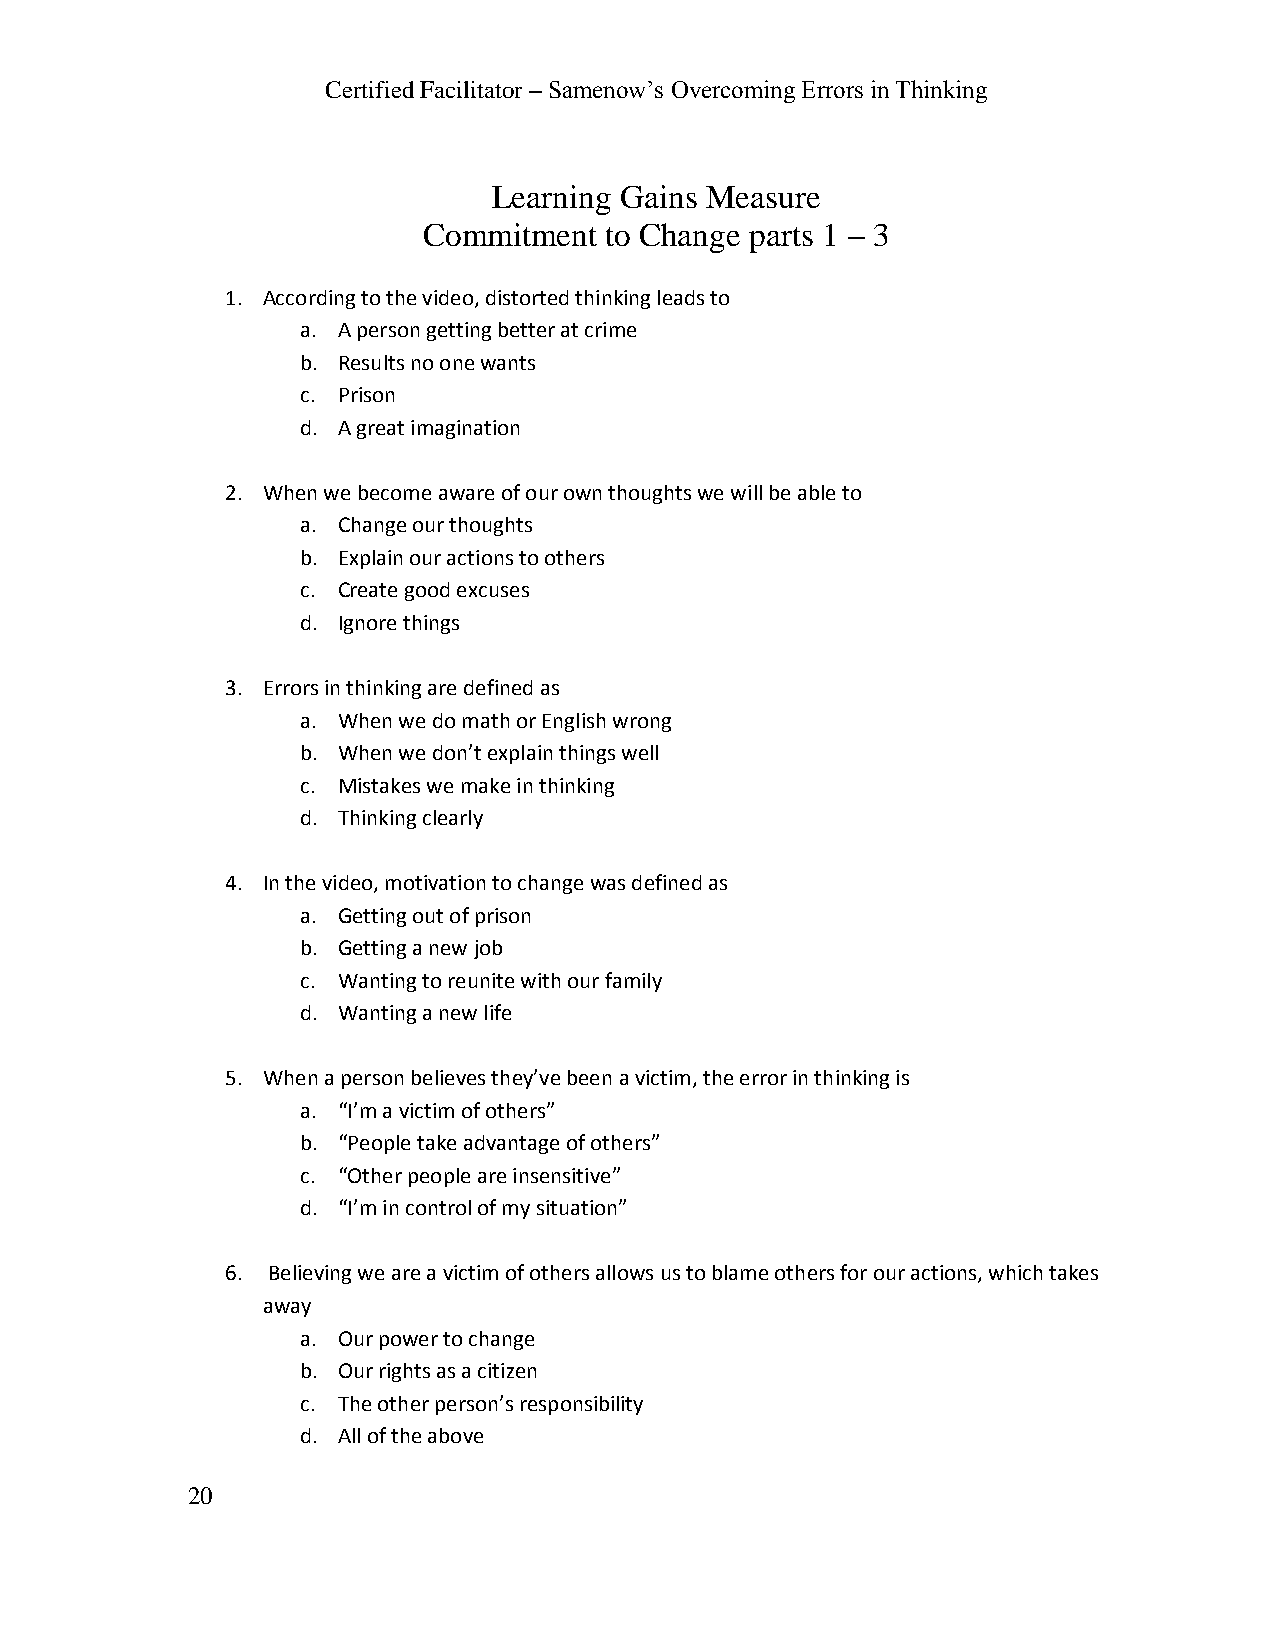
Certified Facilitator – Samenow’s Overcoming Errors in Thinking
 Learning Gains Measure
 Commitment  to Change parts 1 – 3
 1. According to the video, distorted thinking leads to
 a. A person getting better at crime
 b. Results no one wants
 c. Prison
 d. A great imagination
 2. When we become aware of our own thoughts we will be able to
 a. Change our thoughts
 b. Explain our actions to others
 c. Create good excuses
 d. Ignore things
 3. Errors in thinking are defined as
 a. When we do math or English wrong
 b. When we don’t explain things well
 c. Mistakes we make in thinking
 d. Thinking clearly
 4. In the video, motivation to change was defined as
 a. Getting out of prison
 b. Getting a new job
 c. Wanting to reunite with our family
 d. Wanting a new life
 5. When a person believes they’ve been a victim, the error in thinking is
 a. “I’m a victim of others”
 b. “People take advantage of others”
 c. “Other people are insensitive”
 d. “I’m in control of my situation”
 6. Believing we are a victim of others allows us to blame others for our actions, which takes
 away
 a. Our power to change
 b. Our rights as a citizen
 c. The other person’s responsibility
 d. All of the above
 20